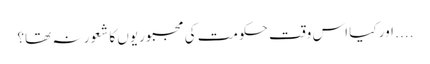
.... اور کیا اس وقت حکومت کی مجبوریوں کا شعور نہ تھا؟